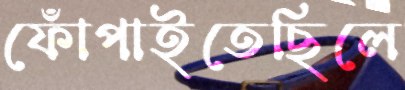
ফোঁপাইতেছিলে